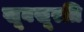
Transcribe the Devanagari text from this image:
खूबसूरति